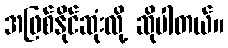
အဖြစ်နိုင်ဆုံးလို့ ဆိုပါတယ်။